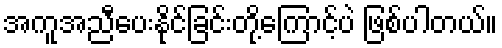
အကူအညီပေးနိုင်ခြင်းတို့ကြောင့်ပဲ ဖြစ်ပါတယ်။